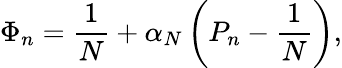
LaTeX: \Phi_{n}={\frac{1}{N}}+\alpha_{N}\left(P_{n}-{\frac{1}{N}}\right),